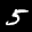
Label: 5